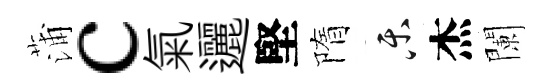
蒲c氣邐堅隋乐杰闌